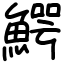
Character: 鰐